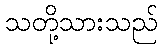
သတို့သားသည်